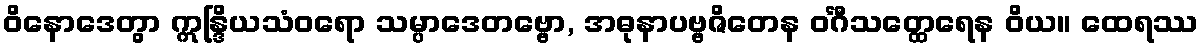
ဝိနောဒေတွာ ဣန္ဒြိယသံဝရော သမ္ပာဒေတဗ္ဗော, အဓုနာပဗ္ဗဇိတေန ဝင်္ဂီသတ္ထေရေန ဝိယ။ ထေရဿ